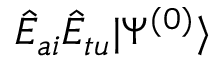
\hat { E } _ { a i } \hat { E } _ { t u } | \Psi ^ { ( 0 ) } \rangle